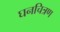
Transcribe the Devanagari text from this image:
घनचित्रण